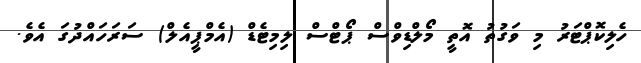
ހެލިކޮޕްޓަރު މި ވަގުތު އޮތީ މޯލްޑިވްސް ޕޯޓްސް ލިމިޓެޑް (އެމްޕީއެލް) ސަރަހައްދުގަ އެވެ.